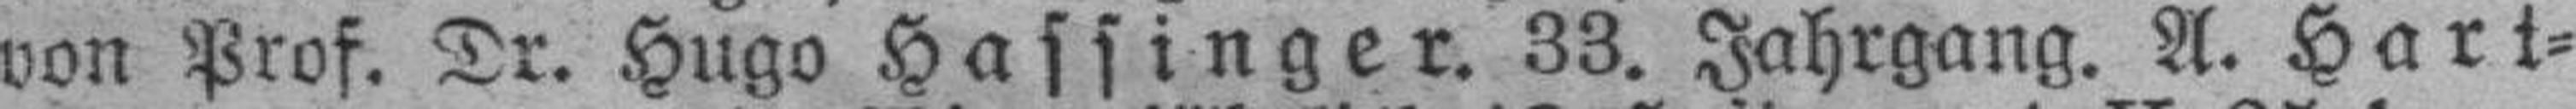
von Prof. Dr. Hugo Hassinger. 33. Jahrgang. A. Hart¬